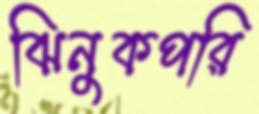
ঝিনুকপরি